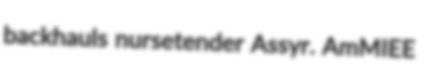
backhauls nursetender Assyr. AmMIEE